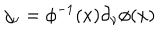
j _ { \nu } = \phi ^ { - 1 } ( x ) \partial _ { \nu } \phi ( x )